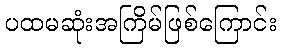
ပထမဆုံးအကြိမ်ဖြစ်ကြောင်း